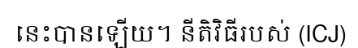
នេះបានឡើយ។ នីតិវិធីរបស់ (ICJ)